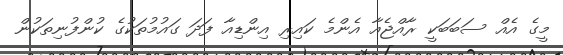
މީގެ އެއް ސަބަބަކީ ރާއްޖެއާ އެންމެ ކައިރި އިންޑިއާ ފަދަ ގައުމުތަކުގެ ކުންފުނިތަކުން